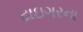
ટાઇગરના